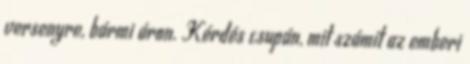
versenyre, bármi áron. Kérdés csupán, mit számít az emberi